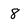
Character: 8